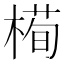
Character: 槆